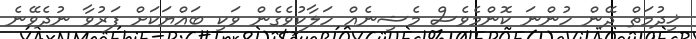
ޚިދުމަތް ދޭން ހުންނަ ކޮންމެވެސް މެޝިނެއް ހަލާކުވެގެން ވަކި ބައްޔަކަށް ފަރުވާ ނުދެވޭނެ